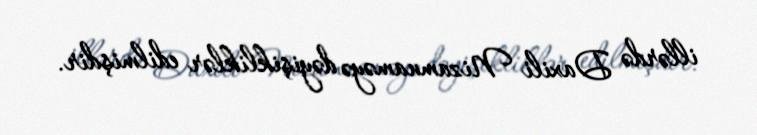
illərdə Daxili Nizamnaməyə dəyişikliklər edilmişdir.